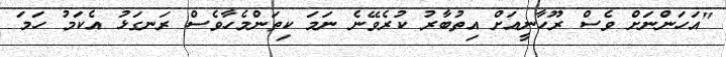
"އަހަންނަށް ވެސް ރޫހާނީއަށް އިތުބާރު ކުރެވޭނެ ނަމަ ކިތަންމެހާވެސް ރަނގަޅު އެކަމު ހަމަ